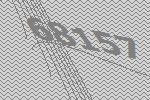
68157